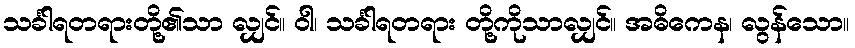
သင်္ခါရတရားတို့၏သာ လျှင်။ ဝါ၊ သင်္ခါရတရား တို့ကိုသာလျှင်။ အဓိကေန၊ လွန်သော။